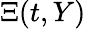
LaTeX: \Xi(t,Y)